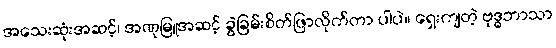
အသေးဆုံးအဆင့်၊ အဏုမြူအဆင့် ခွဲခြမ်းစိတ်ဖြာလိုက်တာ ပါပဲ။ ရှေးကျတဲ့ ဗုဒ္ဓဘာသာ